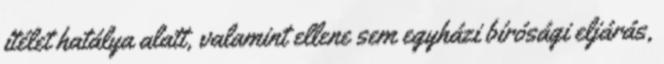
ítélet hatálya alatt, valamint ellene sem egyházi bírósági eljárás,